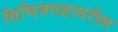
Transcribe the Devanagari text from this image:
विचित्रगडावरील